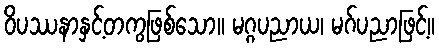
ဝိပဿနာနှင့်တကွဖြစ်သော။ မဂ္ဂပညာယ၊ မဂ်ပညာဖြင့်။